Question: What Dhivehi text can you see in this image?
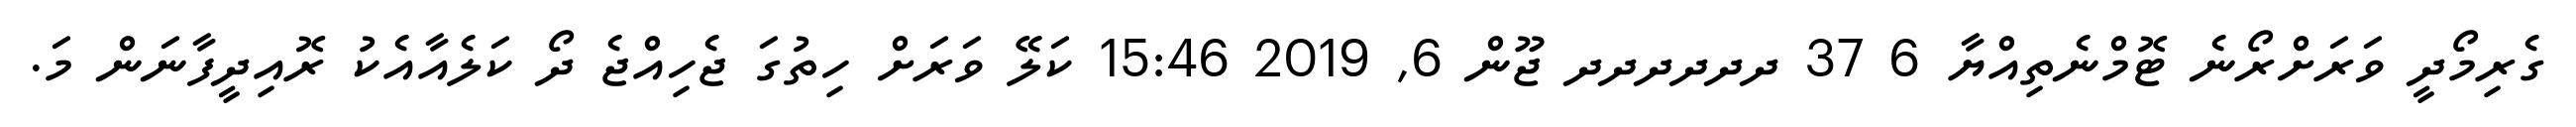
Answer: ގެރިމޯދީ ވަރަށްރޯނެ ޓޮމްނެތިއްޔާ 6 37 ދދދދދދ ޖޫން 6, 2019 15:46 ކަލޭ ވަރަށް ހިތުގަ ޖެހިއްޖެ ދޯ ކަލެއާއެކު ރޮއިދީފާނަން މަ.